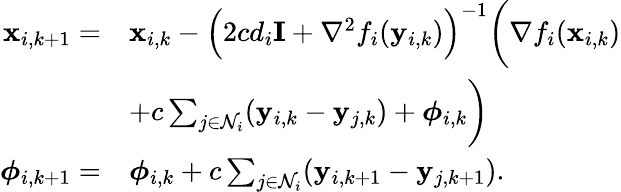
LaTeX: \begin{array}{rl}{\mathbf{x}_{i,k+1}=}&{\mathbf{x}_{i,k}-\Big(2cd_{i}\mathbf{I}+\nabla^{2}f_{i}(\mathbf{y}_{i,k})\Big)^{-1}\bigg(\nabla f_{i}(\mathbf{x}_{i,k})}\\ &{+c\sum_{j\in\mathcal{N}_{i}}(\mathbf{y}_{i,k}-\mathbf{y}_{j,k})+\boldsymbol{\phi}_{i,k}\bigg)}\\ {\boldsymbol{\phi}_{i,k+1}=}&{\boldsymbol{\phi}_{i,k}+c\sum_{j\in\mathcal{N}_{i}}(\mathbf{y}_{i,k+1}-\mathbf{y}_{j,k+1}).}\end{array}